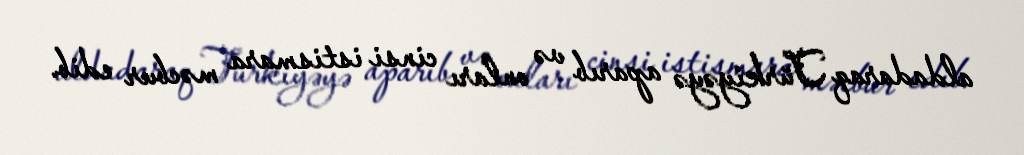
aldadaraq Türkiyəyə aparıb və onları cinsi istismara məcbur edib.